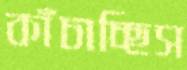
কাঁচাচ্ছিস